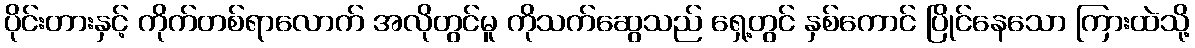
ပိုင်းတားနှင့် ကိုက်တစ်ရာလောက် အလိုတွင်မူ ကိုသက်ဆွေသည် ရှေ့တွင် နှစ်ကောင် ပြိုင်နေသော ကြားထဲသို့